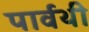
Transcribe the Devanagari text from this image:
पार्वथी